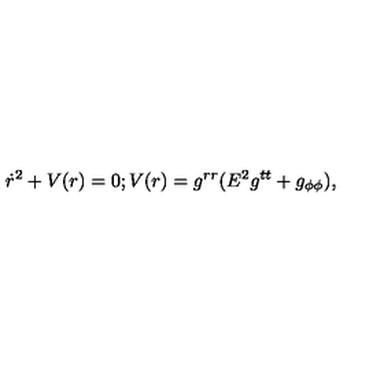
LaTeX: \dot { r } ^ { 2 } + V ( r ) = 0 ; V ( r ) = g ^ { r r } ( E ^ { 2 } g ^ { t t } + g _ { \phi \phi } ) ,